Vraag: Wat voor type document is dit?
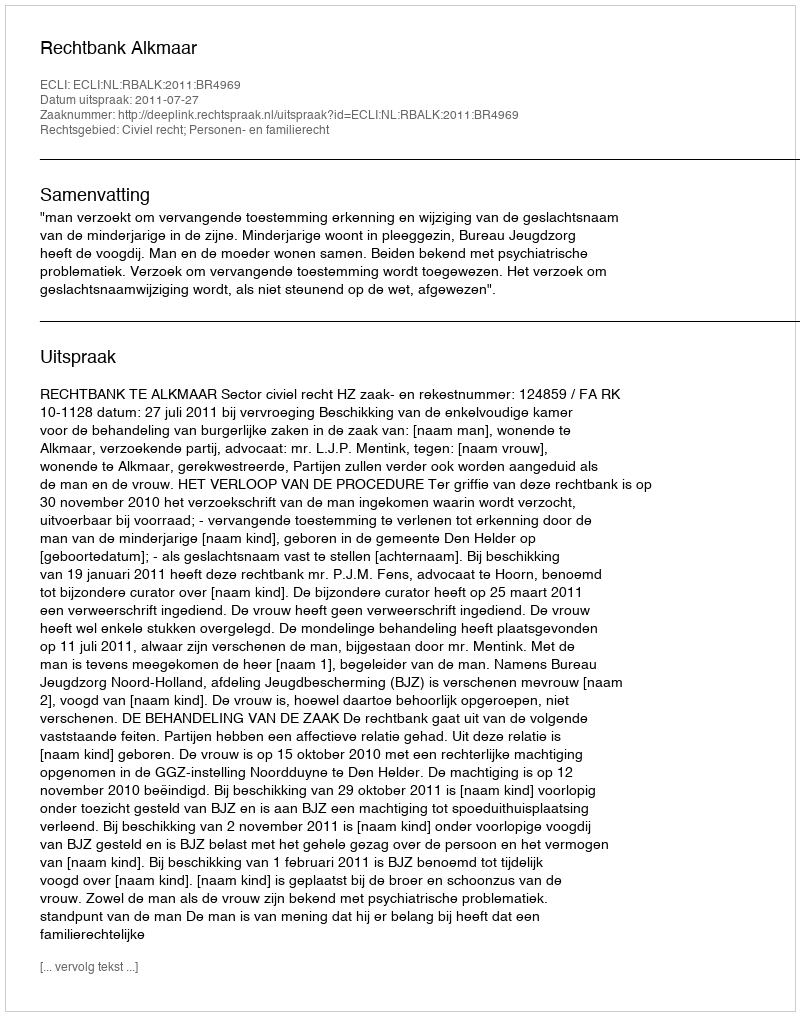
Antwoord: Uitspraak